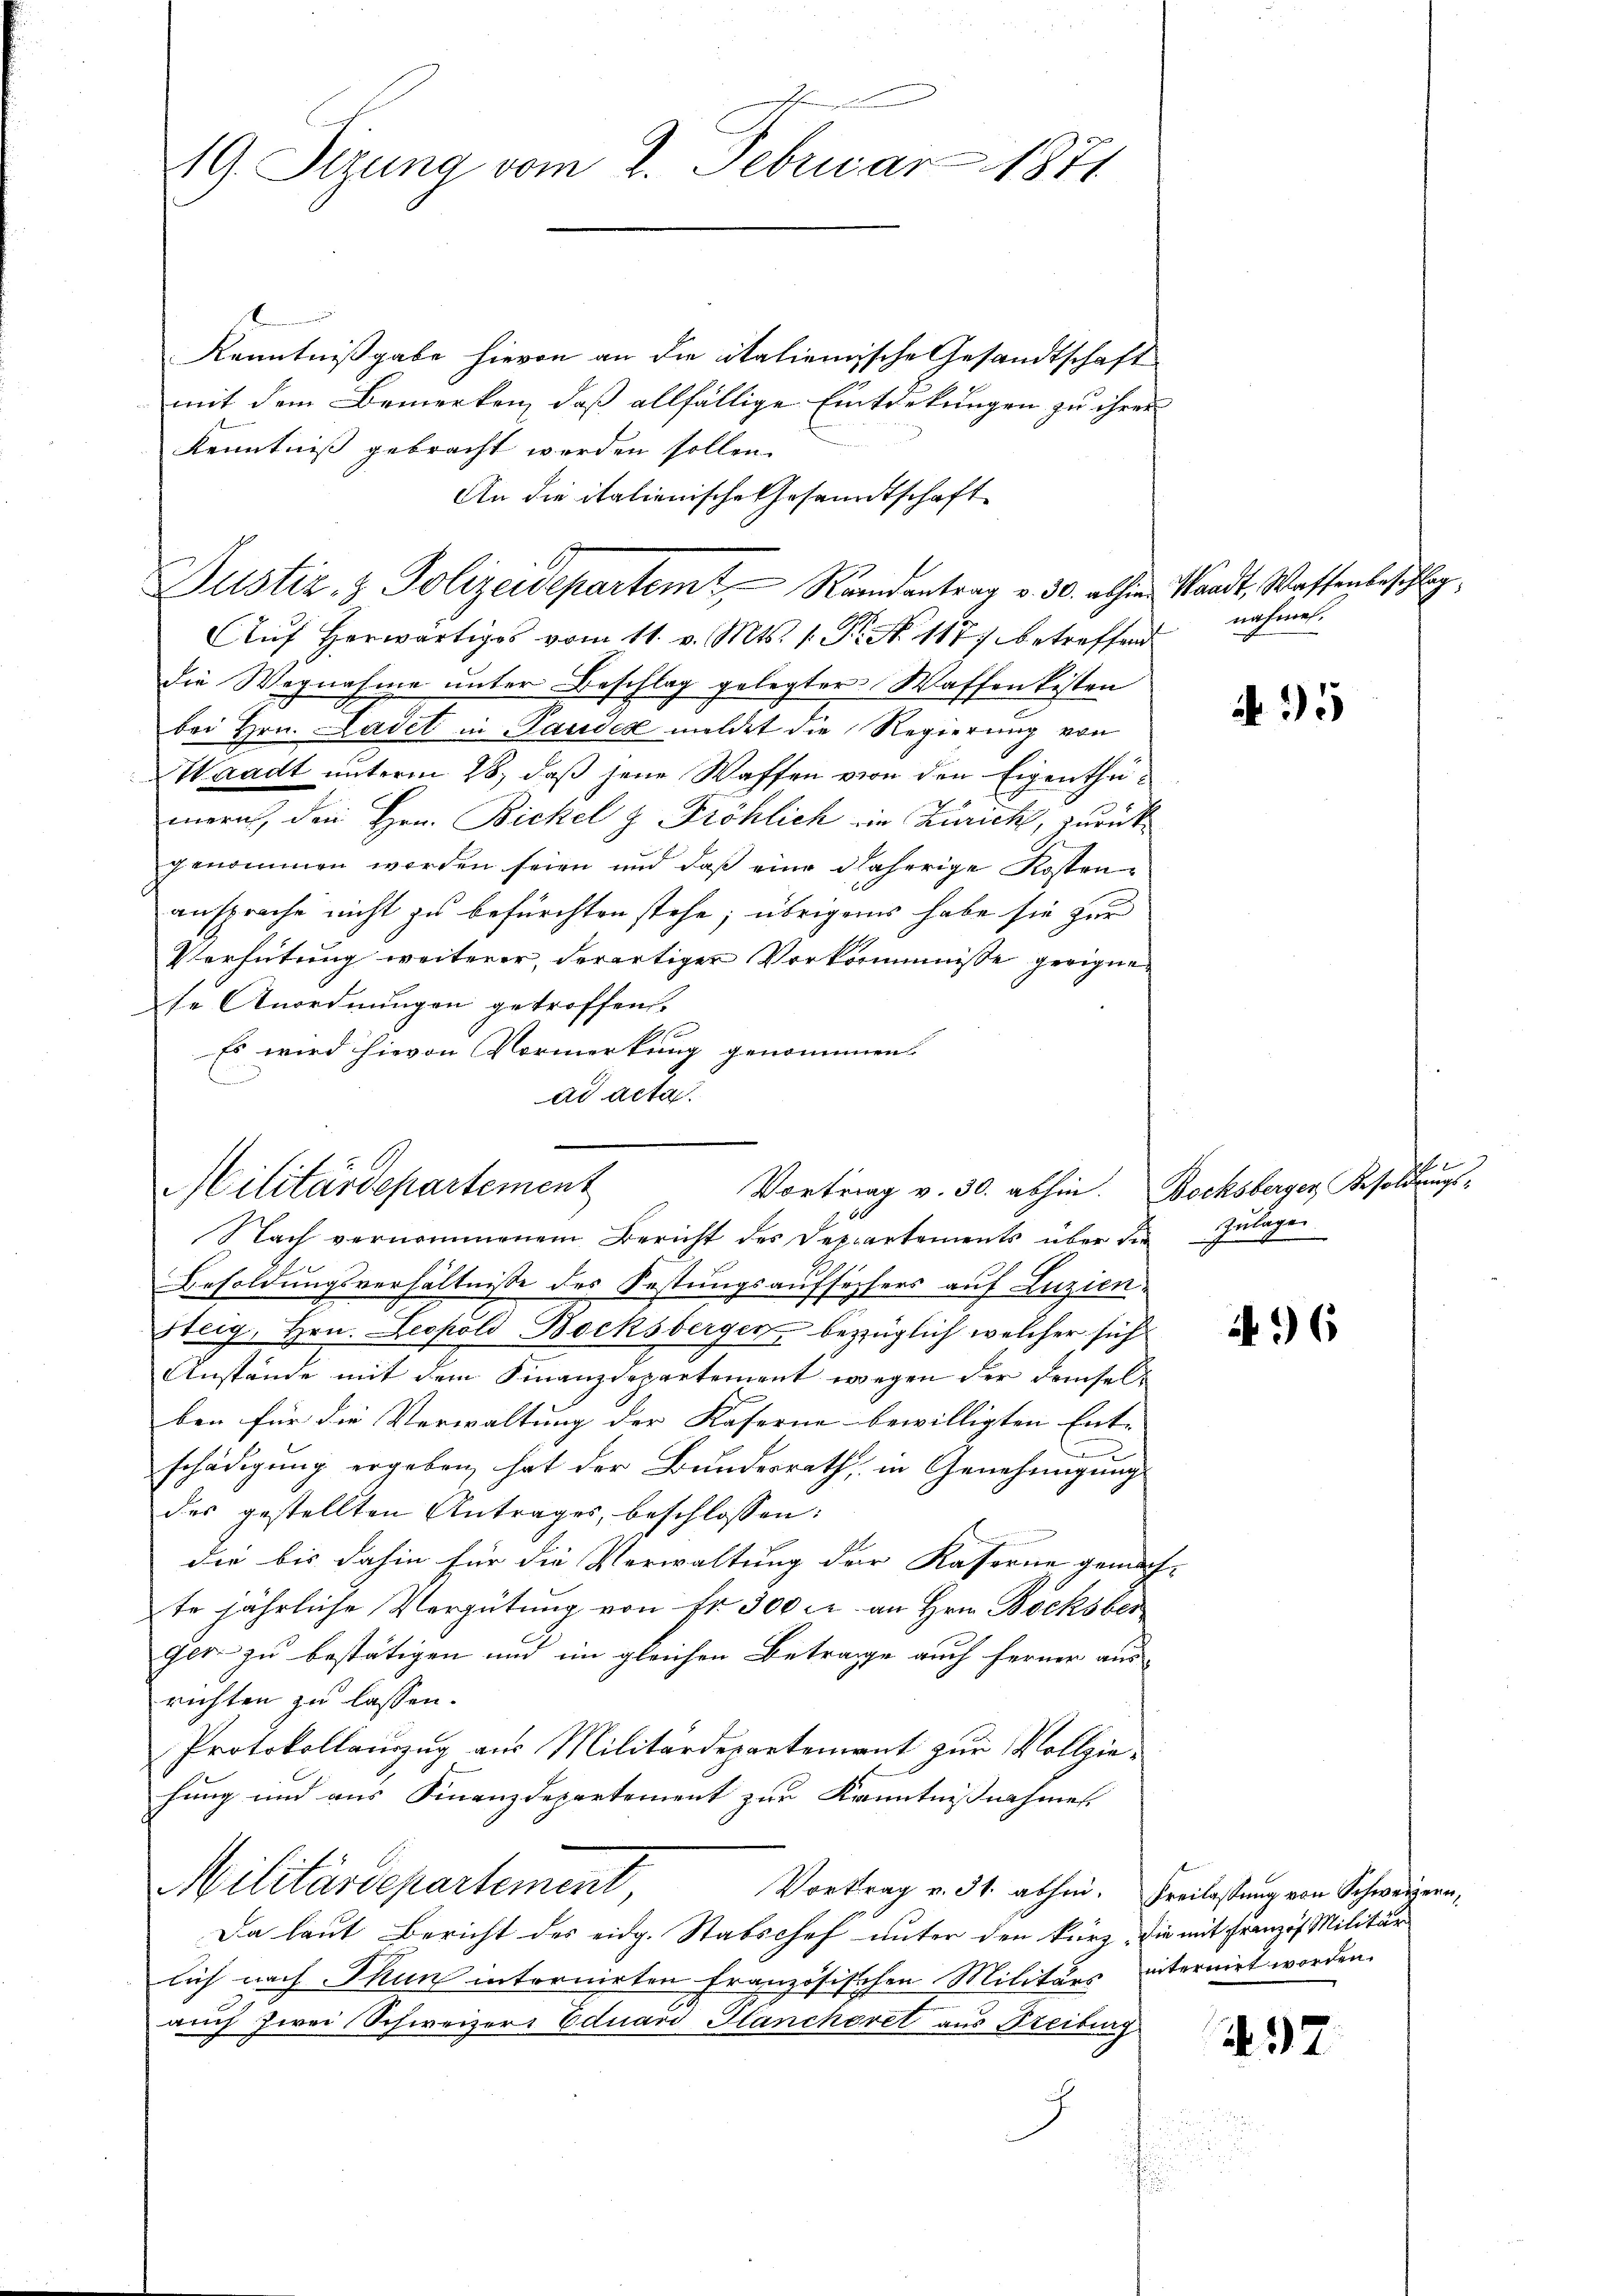
19. Sizung vom 2. Februar 1871

E
Kenntnißgabe hievon an die italienische Gesandtschaft
mit dem Bemerken, daß allfällige Eintdekungen zu ihrer
Kenntniß gebracht werden sollen.
An die italienische Gesandtschaft
Justiz- & Polizeidepartem Randantrag v. 30. abhin Waadt, Wassenbeschlag,
Auf herwärtiges vom 11. v. Mts. 1. Pr. No 1177 betreffend
die Wegnahme unter Beschlag gelegter Waffenkisten
bei Hrn. Ladet in Pauses meldet die Regierung von
Waadt unterm 28. daß jene Waffen von den Eigenthumern, den Hrn. Bickel z Fröhlich ein Zürich, zurückgenommen worden seien und daß eine daherige Kostenansprache nicht zu befürchten stehe; übrigens habe sie zur
Verhütung weiterer, derartiger Vorkommnisse geeigne
se Anordnungen getroffen.
Es wird hievon Vormerkung genommens
ad acta.

Militärdepartement
Vortrag v. 30. abhin. Bocksberger Besoldungs-

Nach vernommenem Bericht des Departements über die Zŭlagen.
Besoldungsverhältnisse des Festungsaufsichers auf Luzien¬
Steig, Hrn. Leopold Bocksbergen, bezüglich welcher sich
Anstände mit dem Finanzdepartement wegen der demselben für die Verwaltung der Kaserne bewilligten Ent- |
d
schädigung ergeben hat der Bundesrath, in Genehmigung
des gestellten Antrages, beschlossen:
die bis dahin für die Verwaltung der Kaserne gemach- |
te jährliche Vergütung von Fr. 300 c. an Hrn. Bocksber
ger zu bestätigen und im gleichen Betrage auch ferner aus-
richten zu lassen.
Protokollauszug aus Militärdepartement zur Vollziehung und aus Finanzdepartement zur Kenntnissnahmes
Militärdepartement
Vortrag v. 31. abhin. Freilassung von Schweizern,
Da laut Bericht des eidg. Stabschof unter den kurz, die mit Franzof Militär
lich nach Thun intornirten französischen Militärs internirt worden.
auch zwei Schweizer. Eduard Glancheret aus Freiburg
J

nahmen.

35

h

496

97